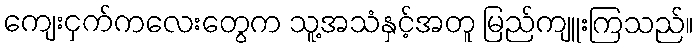
ကျေးငှက်ကလေးတွေက သူ့အသံနှင့်အတူ မြည်ကျူးကြသည်။